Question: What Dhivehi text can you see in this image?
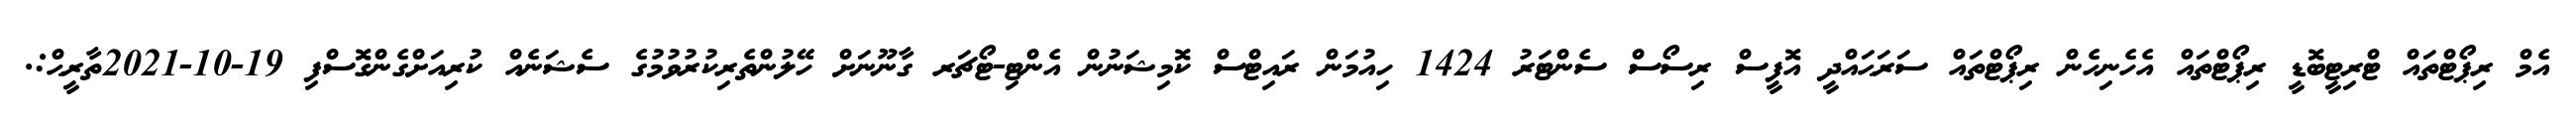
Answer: އެމް ރިޕޯޓްތައް ޓްރިޓީބޮޑީ ރިޕޯޓްތައް އެހެނިހެން ރިޕޯޓްތައް ސަރަޙައްދީ އޮފީސް ރިސޯސް ސެންޓަރު 1424 ހިއުމަން ރައިޓްސް ކޮމިޝަނުން އެންޓި-ޓޯޗަރ ގާނޫނަށް ހޭލުންތެރިކުރުވުމުގެ ސެޝަނެއް ކުރިއަށްގެންގޮސްފި 19-10-2021ތާރީޙް:.